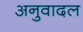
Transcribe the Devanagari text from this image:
अनुवादल